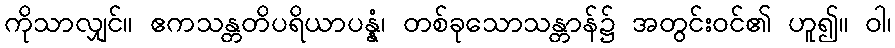
ကိုသာလျှင်။ ဧကသန္တတိပရိယာပန္နံ၊ တစ်ခုသောသန္တာန်၌ အတွင်းဝင်၏ ဟူ၍။ ဝါ၊